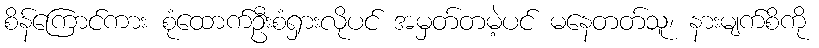
စိန်ကြောင်ကား စုံထောက်ဦးစံရှားလိုပင် အမှတ်တမဲ့ပင် မနေတတ်သူ၊ နားမျက်စိကို